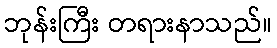
ဘုန်းကြီး တရားနာသည်။